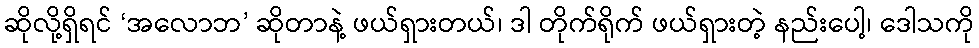
ဆိုလို့ရှိရင် ‘အလောဘ’ ဆိုတာနဲ့ ဖယ်ရှားတယ်၊ ဒါ တိုက်ရိုက် ဖယ်ရှားတဲ့ နည်းပေါ့၊ ဒေါသကို